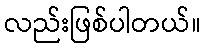
လည်းဖြစ်ပါတယ်။